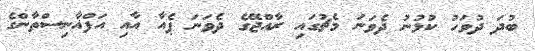
ބުދަ ދުވަހު ކުޅުނު ދެވަނަ މެޗުގައި ރާއްޖޭގެ ދެވަނަ ޕެއާ އާއި އަފްޣާނިސްތާންގެ